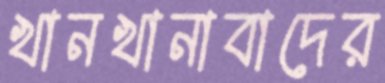
খানখানাবাদের